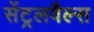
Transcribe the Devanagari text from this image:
सेंट्रलवैल्स